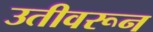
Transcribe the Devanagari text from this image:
उतीवरून